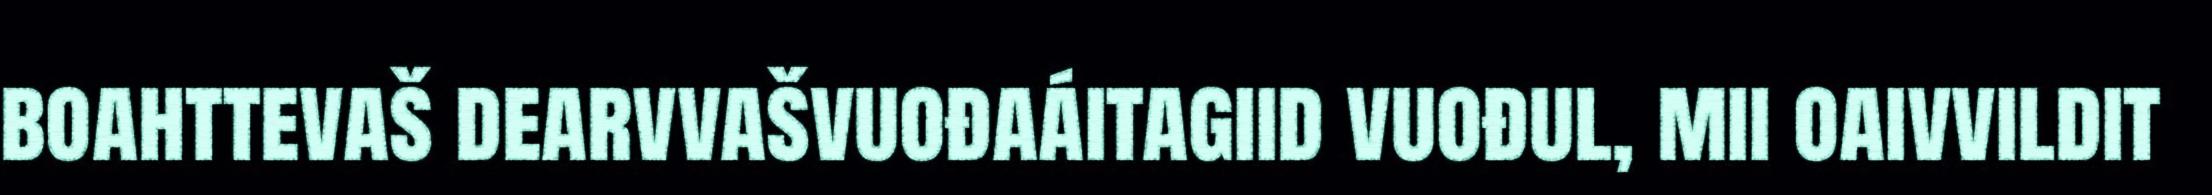
boahttevaš dearvvašvuođaáitagiid vuođul, mii oaivvildit